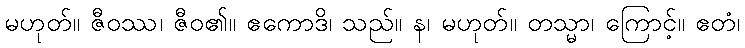
မဟုတ်။ ဇီဝဿ၊ ဇီဝ၏။ ဧကောဒိ၊ သည်။ န၊ မဟုတ်။ တသ္မာ၊ ကြောင့်။ ဧတံ၊